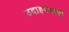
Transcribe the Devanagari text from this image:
उदाहरणांनी